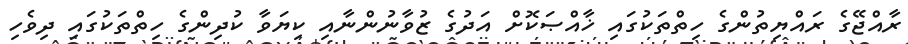
ރާއްޖޭގެ ރައްޔިތުންގެ ހިތްތަކުގައި ޚާއްޞަކޮށް އަދުގެ ޒުވާނުންނާއި ކިޔަވާ ކުދިންގެ ހިތްތަކުގައި ދިވެހި